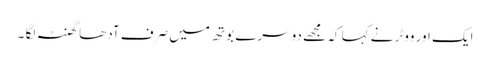
ایک اور ووٹر نے کہا کہ مجھے دوسرے بوتھ میں صرف آدھا گھنٹہ لگا ۔